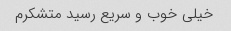
خیلی خوب و سریع رسید متشکرم